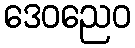
ဒေဝညေဝ